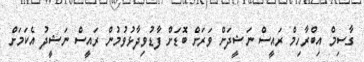
ގާސިމް އިބްރާހިމް ރައީސް ނަޝީދަށް ވަރަށް ބޮޑަށް ފާޑުވިދާޅުވުމުން ރައީސް ނަޝީދު އެކަމަށް